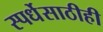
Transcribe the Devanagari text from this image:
स्पर्धेसाठीही